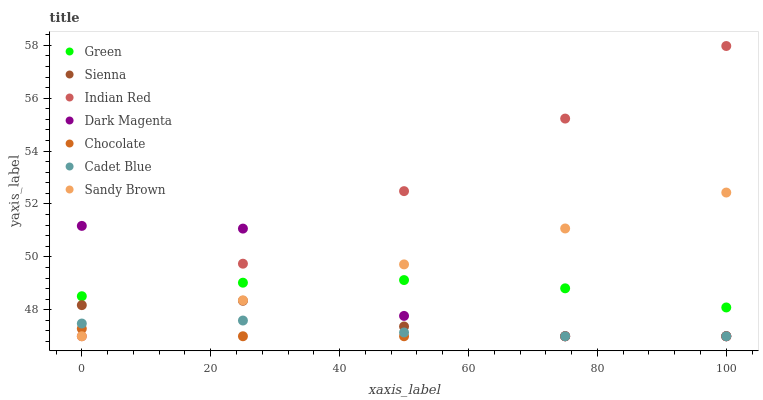
| xaxis_label | Green | Sienna | Indian Red | Dark Magenta | Chocolate | Cadet Blue | Sandy Brown |
 | --- | --- | --- | --- | --- | --- | --- | --- |
 | 0 | 48.5 | 48.2 | 47 | 51.2 | 47.3 | 47.5 | 47 |
 | 25 | 49 | 48.3 | 49.7 | 51.1 | 47 | 47.6 | 48.4 |
 | 50 | 49.1 | 47.4 | 52.5 | 47.8 | 47 | 47.1 | 49.7 |
 | 75 | 48.8 | 47 | 55.2 | 47 | 47 | 47 | 51.1 |
 | 100 | 48.1 | 47 | 58 | 47 | 47 | 47 | 52.4 |